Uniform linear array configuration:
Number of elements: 16
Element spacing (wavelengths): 0.75
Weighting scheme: cosine
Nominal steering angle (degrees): -15
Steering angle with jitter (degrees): -16.191
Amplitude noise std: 0.05
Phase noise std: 0.05

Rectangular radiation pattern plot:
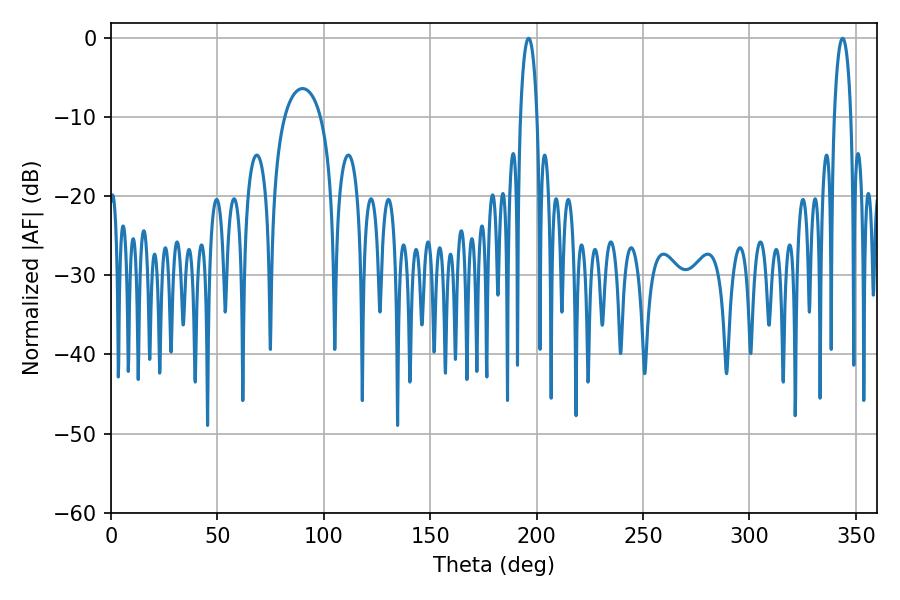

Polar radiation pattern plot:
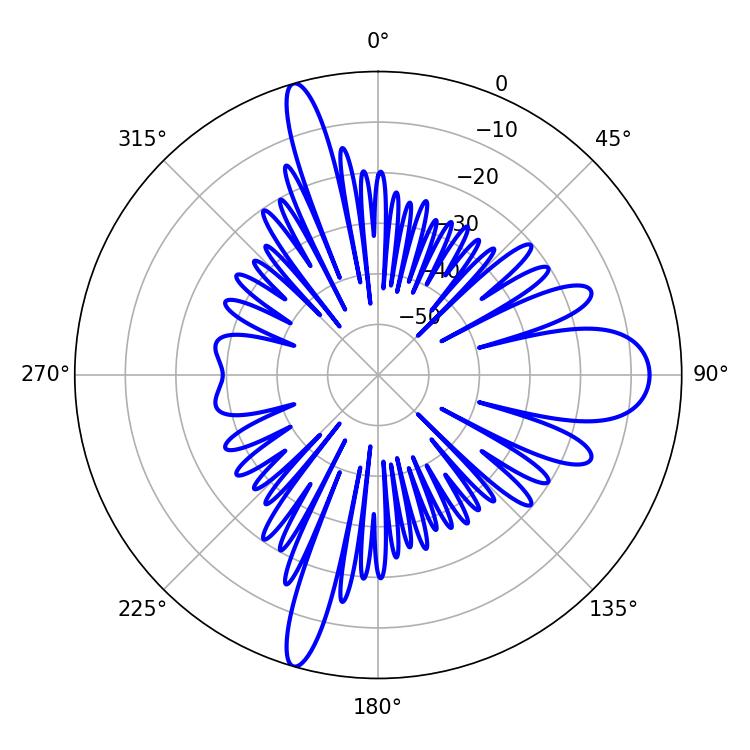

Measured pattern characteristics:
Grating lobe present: TRUE
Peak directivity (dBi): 19.742
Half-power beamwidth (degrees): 4.5
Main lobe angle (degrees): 196.2